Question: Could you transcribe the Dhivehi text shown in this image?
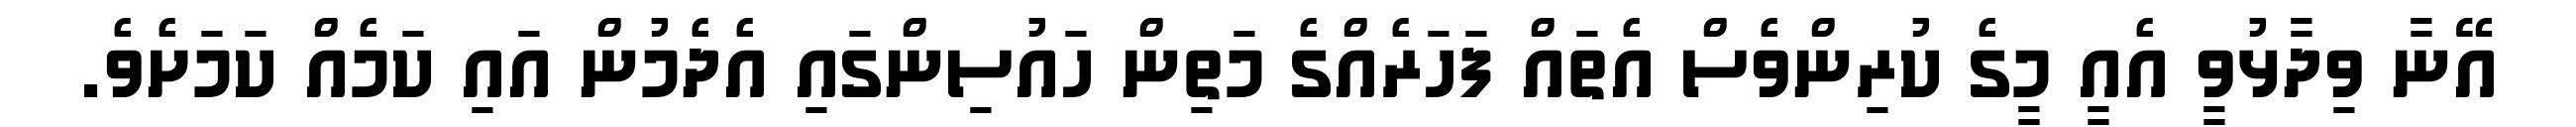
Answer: އޭނާ ވިދާޅުވީ އެއީ މީގެ ކުރިންވެސް އެތައް ފަހަރެއްގެ މަތިން ހައުސިންގައި އެދެމުން އައި ކަމެއް ކަމަށެވެ.